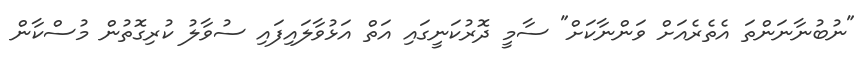
"ނުބުނާނަންތަ އެތެރެއަށް ވަންނާކަށް" ސާމީ ދޮރުކަނީގައި އަތް އަޅުވާލައިފައި ސުވާލު ކުރިގޮތުން މުސްކާން